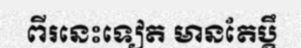
ពីរនេះទៀត មានតែប្តឹ